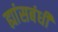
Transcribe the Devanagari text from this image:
ह्यांसबंधी